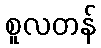
စူလတန်